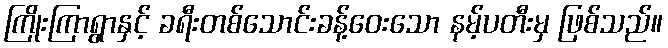
ကြိုးကြာရွာနှင့် ခရီးတစ်သောင်းခန့်ဝေးသော နမ့်ပတီးမှ ဖြစ်သည်။